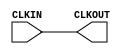
// $Header: /devl/xcs/repo/env/Databases/CAEInterfaces/xec_libs/data/unisims/BUFG_LB.v,v 1.1 2011/11/23 18:50:19 vandanad Exp $
///////////////////////////////////////////////////////
//  Copyright (c) 2011 Xilinx Inc.
//  All Right Reserved.
///////////////////////////////////////////////////////
//
//   ____   ___
//  /   /\/   / 
// /___/  \  /     Vendor      : Xilinx 
// \  \    \/      Version : 10.1
//  \  \           Description : 
//  /  /                      
// /__/   /\       Filename    : BUFG_LB.v
// \  \  /  \ 
//  \__\/\__ \                    
//                                 
//  Generated by :	/home/unified/patrickp/HEAD/env/Databases/CAEInterfaces/LibraryWriters/bin/ltw.pl
//  Revision:		1.0
///////////////////////////////////////////////////////

`timescale 1 ps / 1 ps 

module BUFG_LB (
  CLKOUT,

  CLKIN
);


  output CLKOUT;

  input CLKIN;


  wire CLKOUT_OUT;

  wire CLKIN_IN;

  wire CLKIN_INDELAY;

  buf B_CLKOUT (CLKOUT, CLKIN);

endmodule